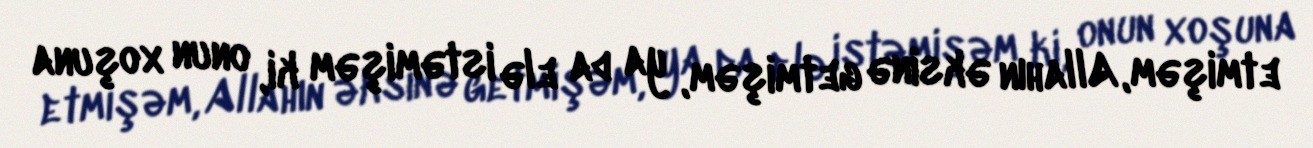
etmişəm, Allahın əksinə getmişəm, ya da elə istəmişəm ki, onun xoşuna